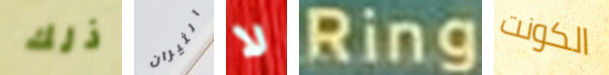
ذلك الثيران لا Ring الكونت